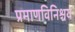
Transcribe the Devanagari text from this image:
प्रमाणविनिश्चय